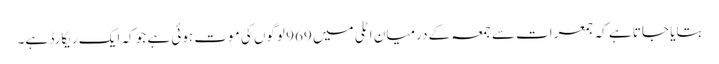
بتایا جاتا ہے کہ جمعرات سے جمعہ کے درمیان اٹلی میں 969 لوگوں کی موت ہوئی ہے جو کہ ایک ریکارڈ ہے۔